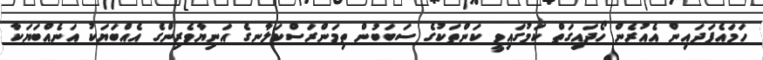
ހަމައެފަދައިން އެއުރެން ހޯދައިގަތް ކަމުގައިވީ ކަންތަކުގެ ސަބަބުން ތިމަންރަސްކަލާނގެ އަނިޔާވެރިންގެ އެއްބަޔަކު އަނެއްބަޔަކާ